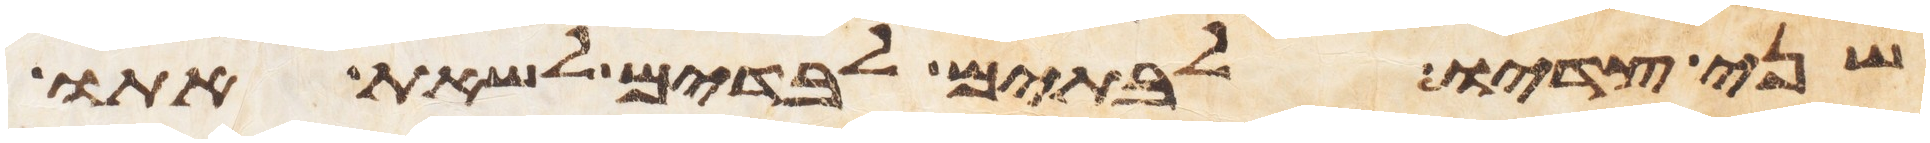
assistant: שני צדיו לבתים לבדים לשאת אתו